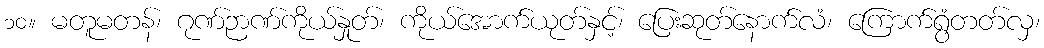
၁၀။ မတူမတန်၊ ဂုဏ်ဉာဏ်ကိုယ်နှုတ်၊ ကိုယ်အောက်ယုတ်နှင့်၊ ပြေးဆုတ်နောက်လံ၊ ကြောက်ရွံတတ်လှ၊